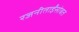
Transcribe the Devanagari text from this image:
रजनीताईंसोबत